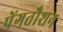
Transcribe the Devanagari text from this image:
पेंगतौशन